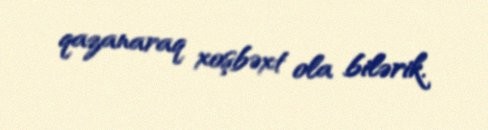
qazanaraq xoşbəxt ola bilərik.